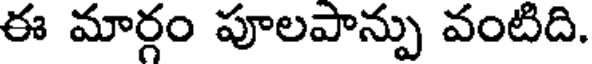
ఈ మార్గం పూలపాన్పు వంటిది.